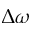
\Delta \omega